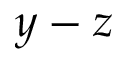
y - z